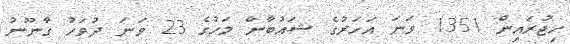
ހިޖުރައިން 1351 ވަނަ އަހަރުގެ ޝައުބާން މަހުގެ 23 ވަނަ ދުވަހު ގާނޫނު